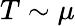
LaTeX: T\sim\mu